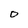
Character: 0